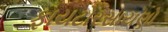
ફાયટોરસાયણો